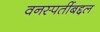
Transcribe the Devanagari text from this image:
वनस्पतींबद्दल